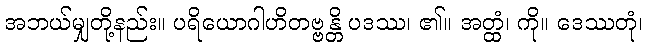
အဘယ်မျှတို့နည်း။ ပရိယောဂါဟိတဗ္ဗန္တိ ပဒဿ၊ ၏။ အတ္ထံ၊ ကို။ ဒေဿတုံ၊